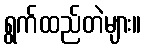
ရွက်ထည်တဲများ။